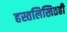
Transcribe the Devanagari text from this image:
हस्तलिखितही